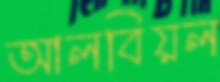
আলবিয়ল